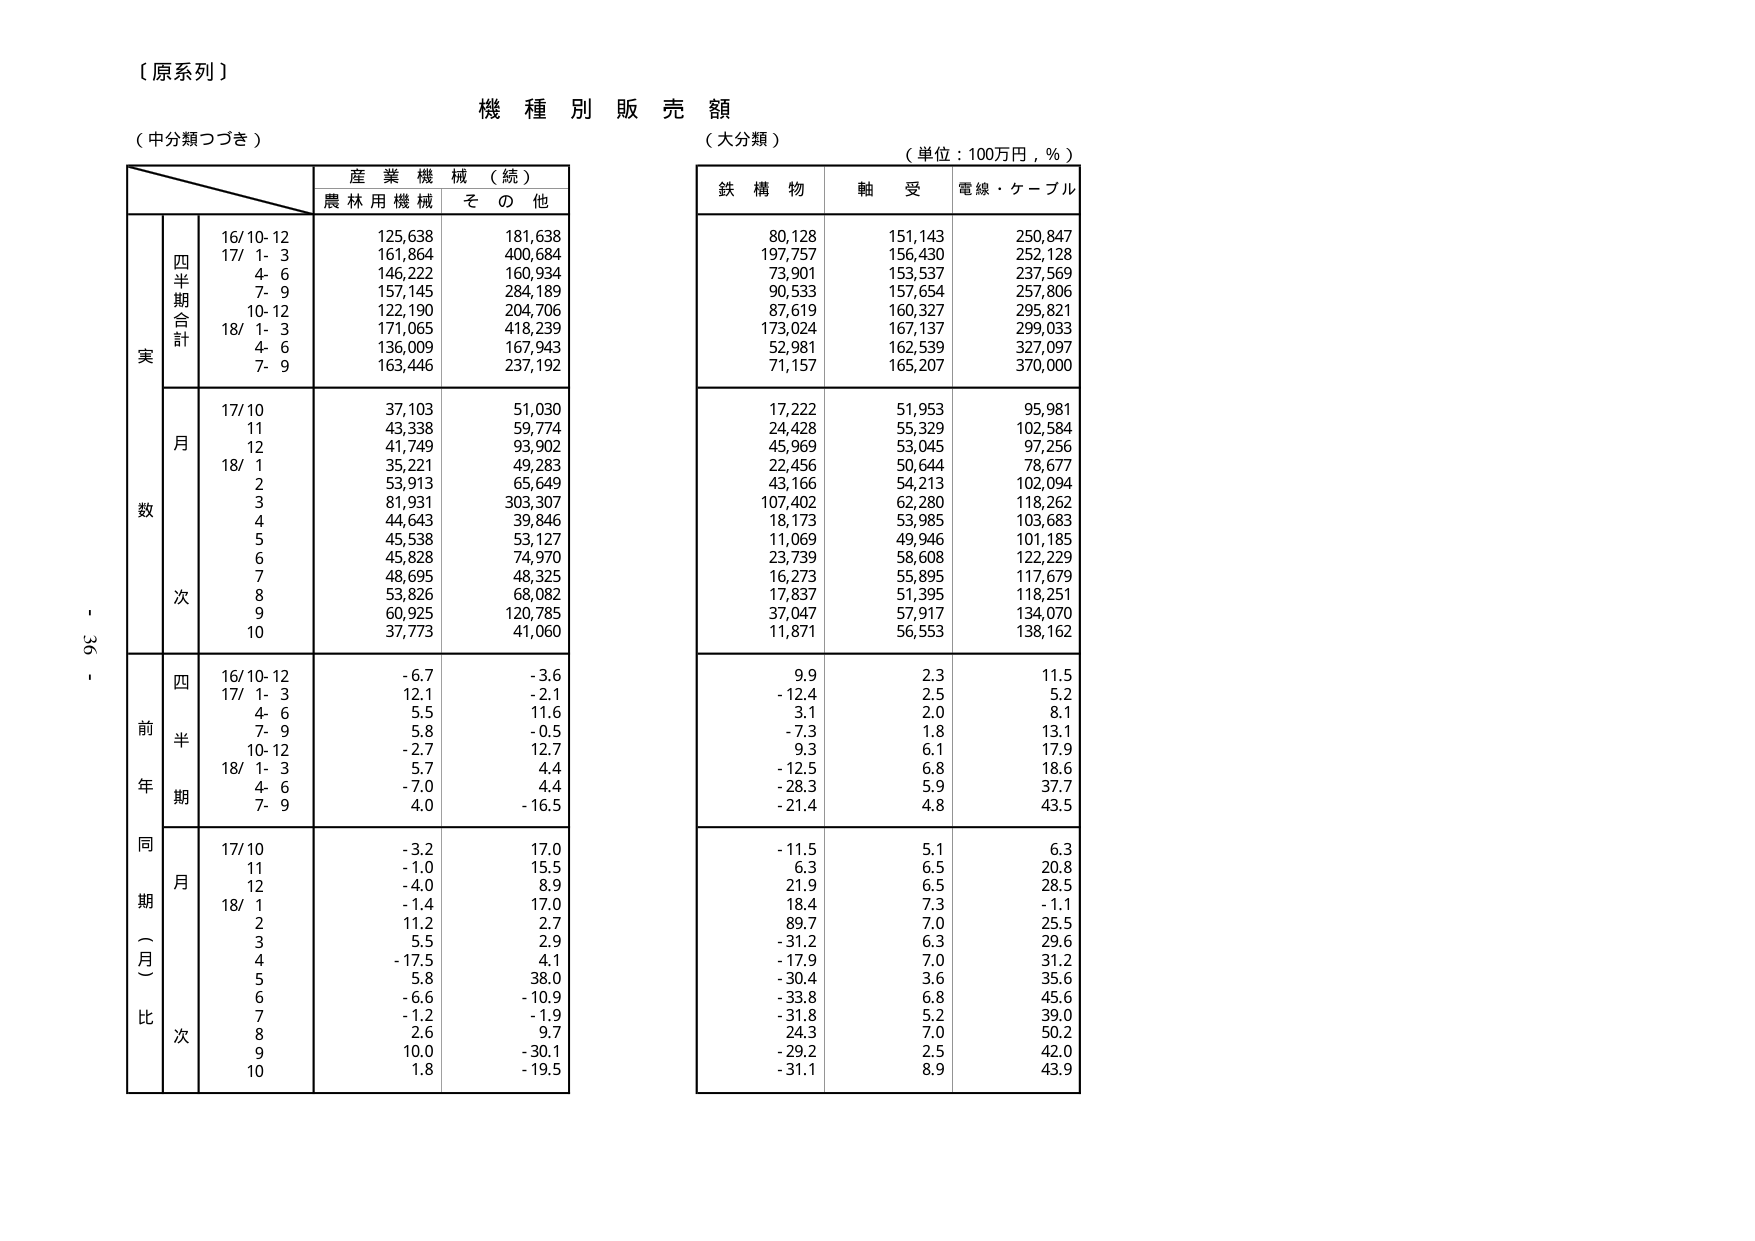
【原系列】
機種別販売額
（中分類つづき）
（大分類）
（単位：100万円，％）

産業機械（続）
農林用機械　その他

鉄構物　軸受　電線・ケーブル

実数
四半期合計
16/10-12　125,638　181,638
17/1-3　161,864　400,684
4-6　146,222　160,934
7-9　157,145　284,189
10-12　122,190　204,706
18/1-3　171,065　418,239
4-6　136,009　167,943
7-9　163,446　237,192

月次
17/10　37,103　51,030
11　43,338　59,774
12　41,749　93,902
18/1　35,221　49,283
2　53,913　65,649
3　81,931　303,307
4　44,643　39,846
5　45,538　53,127
6　45,828　74,970
7　48,695　48,325
8　53,826　68,082
9　60,925　120,785
10　37,773　41,060

前年同期（％）比
四半期
16/10-12　-6.7　-3.6
17/1-3　12.1　-2.1
4-6　5.5　11.6
7-9　5.8　-0.5
10-12　-2.7　12.7
18/1-3　5.7　4.4
4-6　-7.0　4.4
7-9　4.0　-16.5

月次
17/10　-3.2　17.0
11　-1.0　15.5
12　-4.0　8.9
18/1　-1.4　17.0
2　11.2　2.7
3　5.5　2.9
4　-17.5　4.1
5　5.8　38.0
6　-6.6　-10.9
7　-1.2　-1.9
8　2.6　9.7
9　10.0　-30.1
10　1.8　-19.5

鉄構物　軸受　電線・ケーブル
80,128　151,143　250,847
197,757　156,430　252,128
73,901　153,537　237,569
90,533　157,654　257,806
87,619　160,327　295,821
173,024　167,137　299,033
52,981　162,539　327,097
71,157　165,207　370,000

17,222　51,953　95,981
24,428　55,329　102,584
45,969　53,045　97,256
22,456　50,644　78,677
43,166　54,213　102,094
107,402　62,280　118,262
18,173　53,985　103,683
11,069　49,946　101,185
23,739　58,608　122,229
16,273　55,895　117,679
17,837　51,395　118,251
37,047　57,917　134,070
11,871　56,553　138,162

9.9　2.3　11.5
-12.4　2.5　5.2
3.1　2.0　8.1
-7.3　1.8　13.1
9.3　6.1　17.9
-12.5　6.8　18.6
-28.3　5.9　37.7
-21.4　4.8　43.5

-11.5　5.1　6.3
6.3　6.5　20.8
21.9　6.5　28.5
18.4　7.3　-1.1
89.7　7.0　25.5
-31.2　6.3　29.6
-17.9　7.0　31.2
-30.4　3.6　35.6
-33.8　6.8　45.6
-31.8　5.2　39.0
24.3　7.0　50.2
-29.2　2.5　42.0
-31.1　8.9　43.9

- 36 -